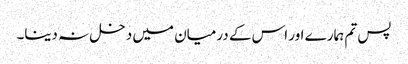
پس تم ہمارے اور اس کے درمیان میں دخل نہ دینا۔